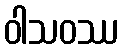
ဝါသဝဿ